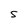
Character: S